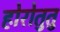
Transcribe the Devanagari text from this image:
होरोतुतु